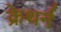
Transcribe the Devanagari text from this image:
क्रेथर्न